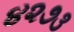
૪૨૭૩